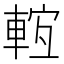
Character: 𨌊